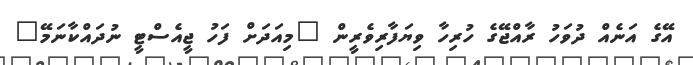
އޭގެ އަނެއް ދުވަހު ރާއްޖޭގެ ހުރިހާ ވިޔަފާރިވެރީން "މިއަދަށް ފަހު ޖީއެސްޓީ ނުދައްކާނަމޭ"